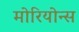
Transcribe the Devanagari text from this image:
मोरियोन्स